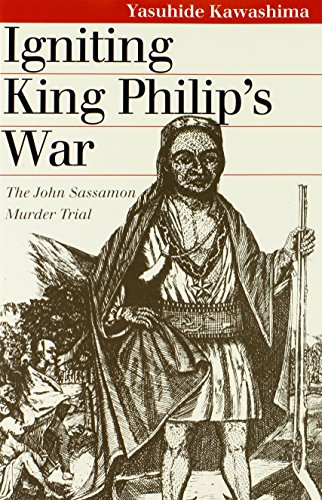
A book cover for Igniting King Philip's War: The John Sassamon Murder Trial; Yasuhide Kawashima; Law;